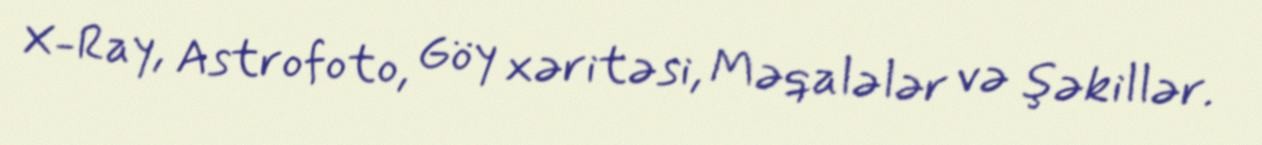
X-Ray, Astrofoto, Göy xəritəsi, Məqalələr və şəkillər.